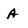
Character: A